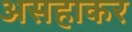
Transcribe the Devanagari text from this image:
असहाकर